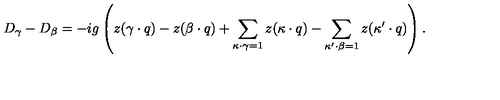
D _ { \gamma } - D _ { \beta } = - i g \left( z ( \gamma \cdot q ) - z ( \beta \cdot q ) + \sum _ { \kappa \cdot \gamma = 1 } z ( \kappa \cdot q ) - \sum _ { \kappa ^ { \prime } \cdot \beta = 1 } z ( \kappa ^ { \prime } \cdot q ) \right) .